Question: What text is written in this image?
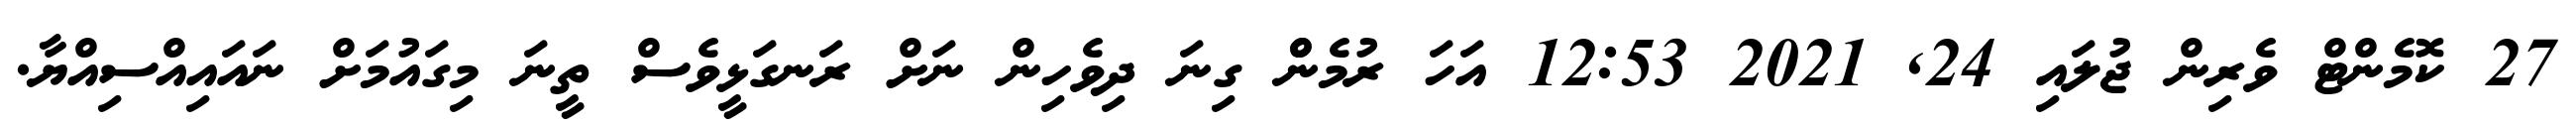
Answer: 27 ކޮމެންޓް ވެރިން ޖުލައި 24, 2021 12:53 އަހަ ރުމެންް ގިނަ ދިވެހިން ނަށް ރަނގަޅީވެސް ތީނަ މިގައުމަށް ނައައިއްސިއްޔާ.